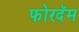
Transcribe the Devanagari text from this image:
फोरदॅम